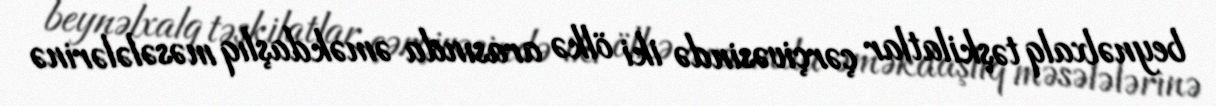
beynəlxalq təşkilatlar çərçivəsində iki ölkə arasında əməkdaşlıq məsələlərinə